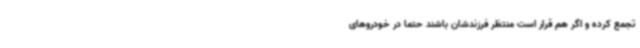
تجمع کرده و اگر هم قرار است منتظر فرزندشان باشند حتما در خودروهای